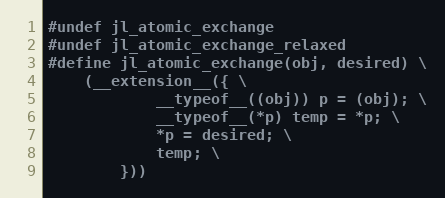
Language: C
#undef jl_atomic_exchange
#undef jl_atomic_exchange_relaxed
#define jl_atomic_exchange(obj, desired) \
    (__extension__({ \
            __typeof__((obj)) p = (obj); \
            __typeof__(*p) temp = *p; \
            *p = desired; \
            temp; \
        }))